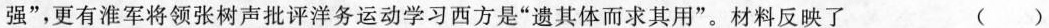
强”，更有淮军将领张树声批评洋务运动学习西方是“遗其体而求其用”。材料反映了 ( )